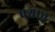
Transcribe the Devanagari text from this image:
पश्चातृ